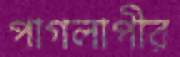
পাগলাপীর